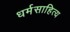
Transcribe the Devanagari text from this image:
धर्मसाहित्य